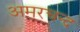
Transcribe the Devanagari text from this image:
अमरचन्द